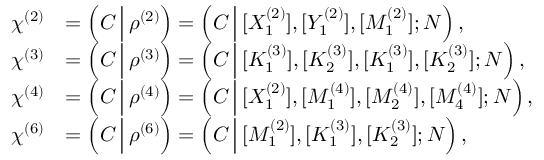
\begin{array} { r l } { \chi ^ { ( 2 ) } } & { = \left( C \, \Big | \, \rho ^ { ( 2 ) } \right) = \left( C \, \Big | \, [ X _ { 1 } ^ { ( 2 ) } ] , [ Y _ { 1 } ^ { ( 2 ) } ] , [ M _ { 1 } ^ { ( 2 ) } ] ; N \right) , } \\ { \chi ^ { ( 3 ) } } & { = \left( C \, \Big | \, \rho ^ { ( 3 ) } \right) = \left( C \, \Big | \, [ K _ { 1 } ^ { ( 3 ) } ] , [ K _ { 2 } ^ { ( 3 ) } ] , [ K _ { 1 } ^ { ( 3 ) } ] , [ K _ { 2 } ^ { ( 3 ) } ] ; N \right) , } \\ { \chi ^ { ( 4 ) } } & { = \left( C \, \Big | \, \rho ^ { ( 4 ) } \right) = \left( C \, \Big | \, [ X _ { 1 } ^ { ( 2 ) } ] , [ M _ { 1 } ^ { ( 4 ) } ] , [ M _ { 2 } ^ { ( 4 ) } ] , [ M _ { 4 } ^ { ( 4 ) } ] ; N \right) , } \\ { \chi ^ { ( 6 ) } } & { = \left( C \, \Big | \, \rho ^ { ( 6 ) } \right) = \left( C \, \Big | \, [ M _ { 1 } ^ { ( 2 ) } ] , [ K _ { 1 } ^ { ( 3 ) } ] , [ K _ { 2 } ^ { ( 3 ) } ] ; N \right) , } \end{array}